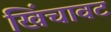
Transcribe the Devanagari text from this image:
खिंचावट